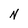
Character: N